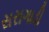
સરાગાડી